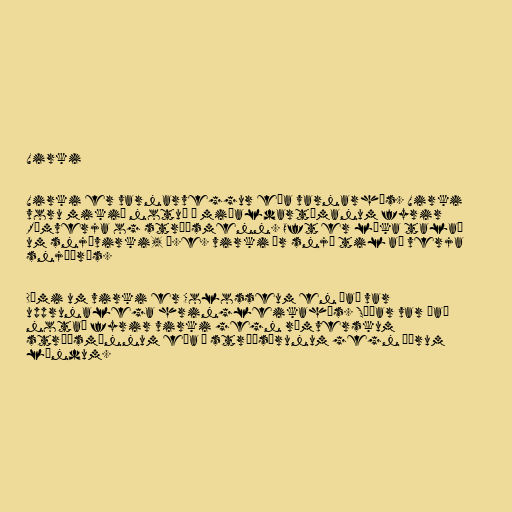
Virki

Virki er varnarveggur eða varnarhús. Virki
voru mikið notuð á miðaldartímanum fyrir
Rómverja og stríðsmenn. Oft er líka talað
um snjóvirki, þ.e. virki úr snjó til að verja
snjóárás.

Dæmi um virki er Colosseum en það var
upprunalega hringleikahús. Síðar var það
notað fyrir virki gegn rómverskum
stríðsmönnum eða á stríðsárunum gegn öðrum
löndum.